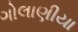
ગોલાણીયા